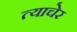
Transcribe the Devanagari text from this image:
त्याचेर